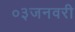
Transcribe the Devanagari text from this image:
०३जनवरी